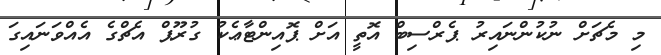
މި މެޗަށް ނުކުންނައިރު ޕެރްސިބް އޮތީ އަށް ޕޮއިންޓާޢެކު ގުރޫޕް އެޗްގެ އެއްވަނައިގަ